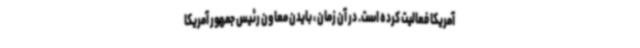
آمریکا فعالیت کرده است. در آن زمان ، بایدن معاون رئیس جمهور آمریکا